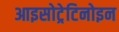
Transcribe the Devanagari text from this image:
आइसोट्रेटिनोइन